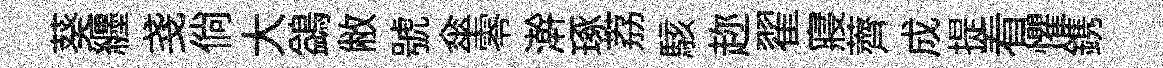
葵纒戔倘大鷁敝號傘零澣琢荔駭趂翟寢薺成提看懼鎸